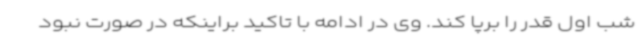
شب اول قدر را برپا کند. وی در ادامه با تاکید براینکه در صورت نبود